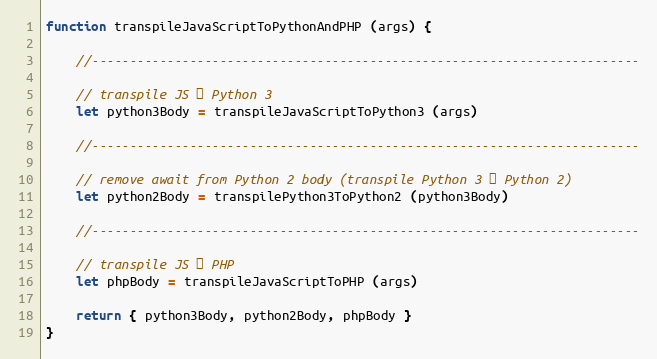
Language: JavaScript
function transpileJavaScriptToPythonAndPHP (args) {

    //-------------------------------------------------------------------------

    // transpile JS → Python 3
    let python3Body = transpileJavaScriptToPython3 (args)

    //-------------------------------------------------------------------------

    // remove await from Python 2 body (transpile Python 3 → Python 2)
    let python2Body = transpilePython3ToPython2 (python3Body)

    //-------------------------------------------------------------------------

    // transpile JS → PHP
    let phpBody = transpileJavaScriptToPHP (args)

    return { python3Body, python2Body, phpBody }
}